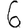
Digit: 6